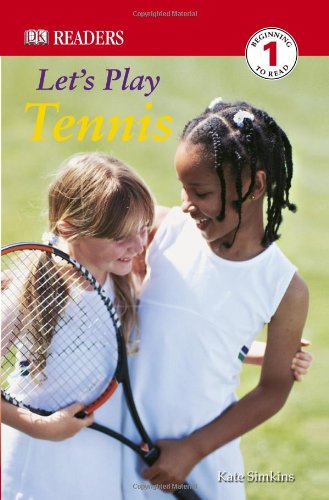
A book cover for DK Readers: Let's Play Tennis; Kate Simkins; Children's Books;